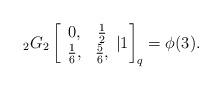
LaTeX: \begin{align*} _{2}G_{2}\left[\begin{array}{cc} 0, & \frac{1}{2} \\ \frac{1}{6}, & \frac{5}{6}, \end{array}|1\right]_q=\phi(3).\end{align*}